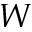
W